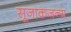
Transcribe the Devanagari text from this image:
सूजाकजन्य